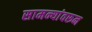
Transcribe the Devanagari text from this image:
सामन्यांवरून